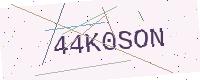
Text: 44K0SON